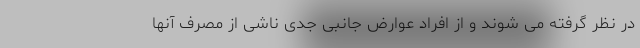
در نظر گرفته می شوند و از افراد عوارض جانبی جدی ناشی از مصرف آنها